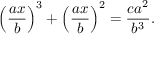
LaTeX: \left( { \frac { a x } { b } } \right) ^ { 3 } + \left( { \frac { a x } { b } } \right) ^ { 2 } = { \frac { c a ^ { 2 } } { b ^ { 3 } } } .